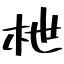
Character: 枻